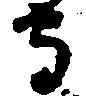
守